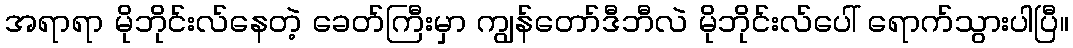
အရာရာ မိုဘိုင်းလ်နေတဲ့ ခေတ်ကြီးမှာ ကျွန်တော်ဒီဘီလဲ မိုဘိုင်းလ်ပေါ် ရောက်သွားပါပြီ။